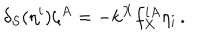
\delta _ { S } ( \eta ^ { i } ) \zeta ^ { A } = - k ^ { X } f _ { X } ^ { i A } \eta _ { i } \, .